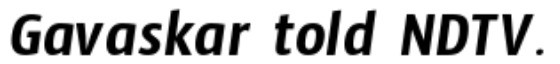
Gavaskar told NDTV.